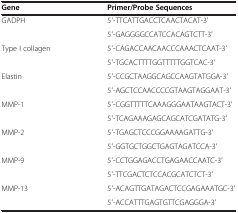
<table><thead><tr><td><b>Gene</b></td><td><b>Primer/Probe Sequences</b></td></tr></thead><tbody><tr><td rowspan="2">GADPH</td><td>5′-TTCATTGACCTCAACTACAT-3′</td></tr><tr><td>5′-GAGGGGCCATCCACAGTCTT-3′</td></tr><tr><td rowspan="2">Type I collagen</td><td>5′-CAGACCAACAACCCAAACTCAAT-3′</td></tr><tr><td>5′-TGCACTTTTGGTTTTTGGTCAC-3′</td></tr><tr><td rowspan="2">Elastin</td><td>5′-CCGCTAAGGCAGCCAAGTATGGA-3′</td></tr><tr><td>5′-AGCTCCAACCCCGTAAGTAGGAAT-3′</td></tr><tr><td rowspan="2">MMP-1</td><td>5′-CGGTTTTTCAAAGGGAATAAGTACT-3′</td></tr><tr><td>5′-TCAGAAAGAGCAGCATCGATATG-3′</td></tr><tr><td rowspan="2">MMP-2</td><td>5′-TGAGCTCCCGGAAAAGATTG-3′</td></tr><tr><td>5′-GGTGCTGGCTGAGTAGATCCA-3′</td></tr><tr><td rowspan="2">MMP-9</td><td>5′-CCTGGAGACCTGAGAACCAATC-3′</td></tr><tr><td>5′-TTCGACTCTCCACGCATCTCT-3′</td></tr><tr><td rowspan="2">MMP-13</td><td>5′-ACAGTTGATAGACTCCGAGAAATGC-3′</td></tr><tr><td>5′-ACCATTTGAGTGTTCGAGGGA-3′</td></tr></tbody></table>